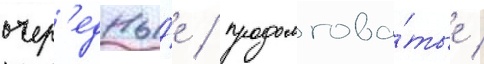
очер'едны́е / продолгова́тые /